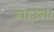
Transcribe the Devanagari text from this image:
गाउंगा